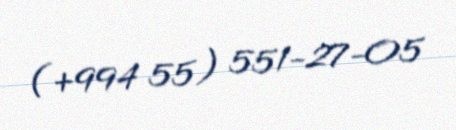
(+994 55) 551-27-05